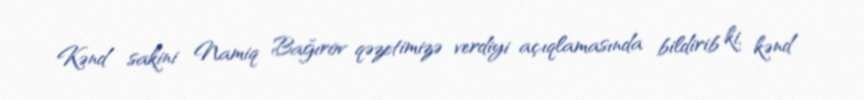
Kənd sakini Namiq Bağırov qəzetimizə verdiyi açıqlamasında bildirib ki, kənd